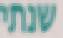
שנתי